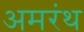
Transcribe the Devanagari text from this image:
अमरंथ